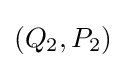
(Q_{2},P_{2})